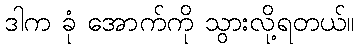
ဒါက ခုံ အောက်ကို သွားလို့ရတယ်။